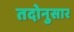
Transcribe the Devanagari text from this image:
तदोनुसार